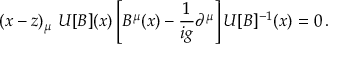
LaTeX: ( x - z ) _ { \mu } \ U [ B ] ( x ) \left[ B ^ { \mu } ( x ) - { \frac { 1 } { i g } } \partial ^ { \mu } \right] U [ B ] ^ { - 1 } ( x ) = 0 \, .